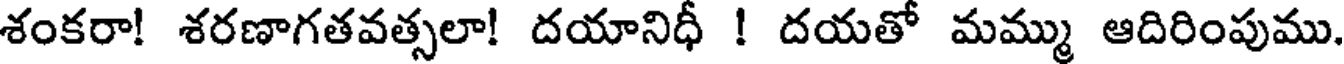
శంకరా! శరణాగతవత్సలా! దయానిధీ ! దయతో మమ్ము ఆదిరింపుము.